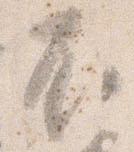
不